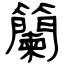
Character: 籣